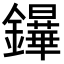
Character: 𨯮